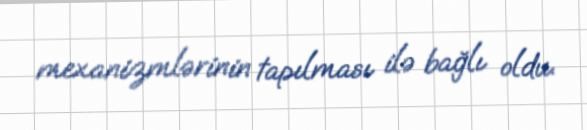
mexanizmlərinin tapılması ilə bağlı oldu.